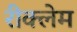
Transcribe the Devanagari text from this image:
रीक्लेम